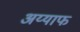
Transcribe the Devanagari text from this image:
अय्याफ